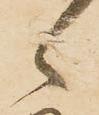
候